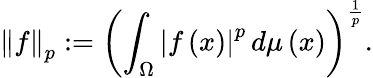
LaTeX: \left\Vert{f}\right\Vert_{p}:=\left(\int_{\Omega}\left\vert{f}\left(x\right)\right\vert^{p}\, {d\mu\left(x\right)}\right)^{\frac{1}{p}}.